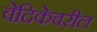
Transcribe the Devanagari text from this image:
वेदिकेवरील